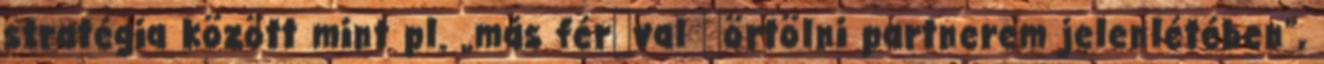
stratégia között mint pl. „más férﬁval ﬂörtölni partnerem jelenlétében”,